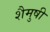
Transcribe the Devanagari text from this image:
शैमुषी